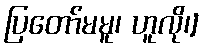
ပြတော်မမူ၊ ဟူလို၊]